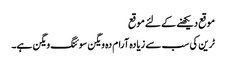
موقع دیکھنے کے لئے موقع
ٹرین کی سب سے زیادہ آرام دہ ویگن سوئنگ ویگن ہے۔